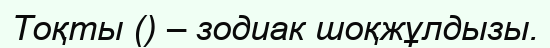
Тоқты () – зодиак шоқжұлдызы.